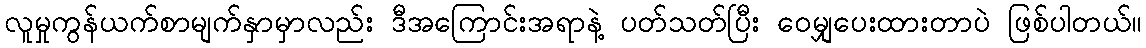
လူမှုကွန်ယက်စာမျက်နှာမှာလည်း ဒီအကြောင်းအရာနဲ့ ပတ်သတ်ပြီး ဝေမျှပေးထားတာပဲ ဖြစ်ပါတယ်။